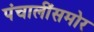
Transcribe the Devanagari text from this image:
पंचालींसमोर